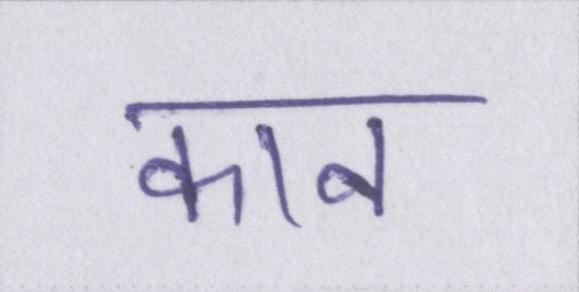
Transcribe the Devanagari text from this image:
कान